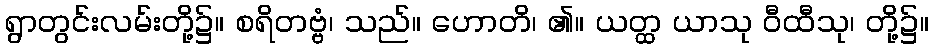
ရွာတွင်းလမ်းတို့၌။ စရိတဗ္ဗံ၊ သည်။ ဟောတိ၊ ၏။ ယတ္ထ ယာသု ဝီထီသု၊ တို့၌။